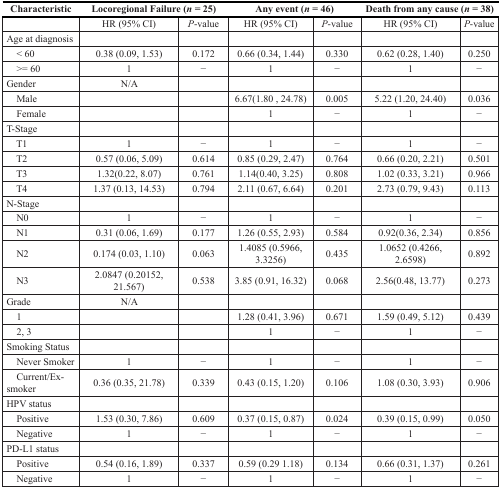
<table><thead><tr><td><b>Characteristic</b></td><td colspan="2"><b>Locoregional Failure (<i>n</i> = 25)</b></td><td colspan="2"><b>Any event (<i>n</i> = 46)</b></td><td colspan="2"><b>Death from any cause (<i>n</i> = 38)</b></td></tr></thead><tbody><tr><td></td><td>HR (95% CI)</td><td><i>P</i>-value</td><td>HR (95% CI)</td><td><i>P</i>-value</td><td>HR (95% CI)</td><td><i>P</i>-value</td></tr><tr><td>Age at diagnosis</td><td></td><td></td><td></td><td></td><td></td><td></td></tr><tr><td> &lt; 60</td><td>0.38 (0.09, 1.53)</td><td>0.172</td><td>0.66 (0.34, 1.44)</td><td>0.330</td><td>0.62 (0.28, 1.40)</td><td>0.250</td></tr><tr><td> &gt;= 60</td><td>1</td><td>−</td><td>1</td><td>−</td><td>1</td><td>−</td></tr><tr><td>Gender</td><td>N/A</td><td></td><td></td><td></td><td></td><td></td></tr><tr><td> Male</td><td></td><td></td><td>6.67 (1.80, 24.78)</td><td>0.005</td><td>5.22 (1.20, 24.40)</td><td>0.036</td></tr><tr><td> Female</td><td></td><td></td><td>1</td><td>−</td><td>1</td><td>−</td></tr><tr><td>T-Stage</td><td></td><td></td><td></td><td></td><td></td><td></td></tr><tr><td> T1</td><td>1</td><td>−</td><td>1</td><td>−</td><td>1</td><td>−</td></tr><tr><td> T2</td><td>0.57 (0.06, 5.09)</td><td>0.614</td><td>0.85 (0.29, 2.47)</td><td>0.764</td><td>0.66 (0.20, 2.21)</td><td>0.501</td></tr><tr><td> T3</td><td>1.32(0.22, 8.07)</td><td>0.761</td><td>1.14(0.40, 3.25)</td><td>0.808</td><td>1.02 (0.33, 3.21)</td><td>0.966</td></tr><tr><td> T4</td><td>1.37 (0.13, 14.53)</td><td>0.794</td><td>2.11 (0.67, 6.64)</td><td>0.201</td><td>2.73 (0.79, 9.43)</td><td>0.113</td></tr><tr><td>N-Stage</td><td></td><td></td><td></td><td></td><td></td><td></td></tr><tr><td> N0</td><td>1</td><td>−</td><td>1</td><td>−</td><td>1</td><td>−</td></tr><tr><td> N1</td><td>0.31 (0.06, 1.69)</td><td>0.177</td><td>1.26 (0.55, 2.93)</td><td>0.584</td><td>0.92(0.36, 2.34)</td><td>0.856</td></tr><tr><td> N2</td><td>0.174 (0.03, 1.10)</td><td>0.063</td><td>1.4085 (0.5966, 3.3256)</td><td>0.435</td><td>1.0652 (0.4266, 2.6598)</td><td>0.892</td></tr><tr><td> N3</td><td>2.0847 (0.20152, 21.567)</td><td>0.538</td><td>3.85 (0.91, 16.32)</td><td>0.068</td><td>2.56(0.48, 13.77)</td><td>0.273</td></tr><tr><td>Grade</td><td>N/A</td><td></td><td></td><td></td><td></td><td></td></tr><tr><td> 1</td><td></td><td></td><td>1.28 (0.41, 3.96)</td><td>0.671</td><td>1.59 (0.49, 5.12)</td><td>0.439</td></tr><tr><td> 2, 3</td><td></td><td></td><td>1</td><td>−</td><td>1</td><td>−</td></tr><tr><td>Smoking Status</td><td></td><td></td><td></td><td></td><td></td><td></td></tr><tr><td> Never Smoker</td><td>1</td><td>−</td><td>1</td><td>−</td><td>1</td><td>−</td></tr><tr><td> Current/Ex-smoker</td><td>0.36 (0.35, 21.78)</td><td>0.339</td><td>0.43 (0.15, 1.20)</td><td>0.106</td><td>1.08 (0.30, 3.93)</td><td>0.906</td></tr><tr><td>HPV status</td><td></td><td></td><td></td><td></td><td></td><td></td></tr><tr><td> Positive</td><td>1.53 (0.30, 7.86)</td><td>0.609</td><td>0.37 (0.15, 0.87)</td><td>0.024</td><td>0.39 (0.15, 0.99)</td><td>0.050</td></tr><tr><td> Negative</td><td>1</td><td>−</td><td>1</td><td>−</td><td>1</td><td>−</td></tr><tr><td>PD-L1 status</td><td></td><td></td><td></td><td></td><td></td><td></td></tr><tr><td> Positive</td><td>0.54 (0.16, 1.89)</td><td>0.337</td><td>0.59 (0.29 1.18)</td><td>0.134</td><td>0.66 (0.31, 1.37)</td><td>0.261</td></tr><tr><td> Negative</td><td>1</td><td>−</td><td>1</td><td>−</td><td>1</td><td>−</td></tr></tbody></table>